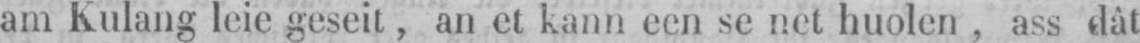
am kulang leie geseit, an et kann een se net huolen, ass dât